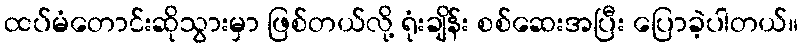
ထပ်မံတောင်းဆိုသွားမှာ ဖြစ်တယ်လို့ ရုံးချိန်း စစ်ဆေးအပြီး ပြောခဲ့ပါတယ်။